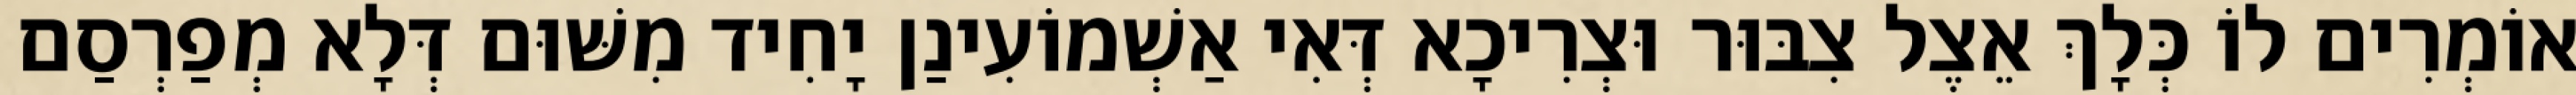
אוֹמְרִים לוֹ כְּלָךְ אֵצֶל צִבּוּר וּצְרִיכָא דְּאִי אַשְׁמוֹעִינַן יָחִיד מִשּׁוּם דְּלָא מְפַרְסַם